Plague in India, 1896, 1897 - Volume 1
Year: 1896
Disease focus: Plague
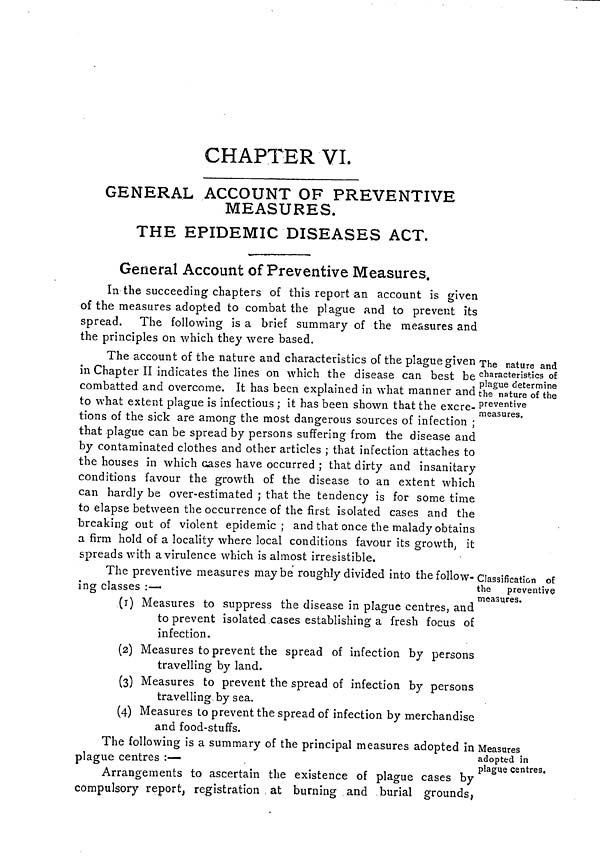
CHAPTER VI.
GENERAL ACCOUNT OF PREVENTIVE
MEASURES.
THE EPIDEMIC DISEASES ACT.
General Account of Preventive Measures.
In the succeeding chapters of this report an account is given
of the measures adopted to combat the plague and to prevent its
spread. The following is a brief summary of the measures and
the principles on which they were based.
The nature and
characteristics of
plague determine
the nature of the
preventive
measures.
The account of the nature and characteristics of the plague given
in Chapter II indicates the lines on which the disease can best be
combatted and overcome. It has been explained in what manner and
to what extent plague is infectious ; it has been shown that the excre-
tions of the sick are among the most dangerous sources of infection ;
that plague can be spread by persons suffering from the disease and
by contaminated clothes and other articles ; that infection attaches to
the houses in which cases have occurred ; that dirty and insanitary
conditions favour the growth of the disease to an extent which
can hardly be over-estimated ; that the tendency is for some time
to elapse between the occurrence of the first isolated cases and the
breaking out of violent epidemic; and that once the malady obtains
a firm hold of a locality where local conditions favour its growth, it
spreads with a virulence which is almost irresistible.
Classification of
the
preventive
measures.
The preventive measures maybe roughly divided into the follow-
ing classes :—
(1) Measures to suppress the disease in plague centres, and
to prevent isolated cases establishing a fresh focus of
infection.
(2) Measures to prevent the spread of infection by persons
travelling by land.
(3) Measures to prevent the spread of infection by persons
travelling by sea.
(4) Measures to prevent the spread of infection by merchandise
and food-stuffs.
Measures
adopted in
plague centres.
The following is a summary of the principal measures adopted in
plague centres :—
Arrangements to ascertain the existence of plague cases by
compulsory report, registration at burning and burial grounds,